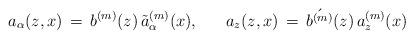
LaTeX: \begin{align*}a_{\alpha}(z,x) \, = \, b^{(m)}(z) \, \tilde{a}_{\alpha}^{(m)}(x),~~~~~ a_{z}(z,x) \, = \, \acute{b^{(m)}}(z) \, a_{z}^{(m)}(x)\end{align*}